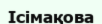
Ісімақова